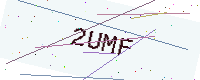
Text: 2UMF